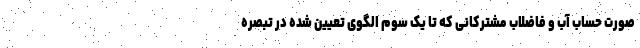
صورت حساب آب و فاضلاب مشترکانی که تا یک سوم الگوی تعیین شده در تبصره